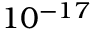
1 0 ^ { - 1 7 }